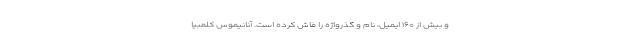
و بیش از ۱۶۰ ایمیل، نام و گذرواژه را فاش کرده است. آنانیموس کلمبیا